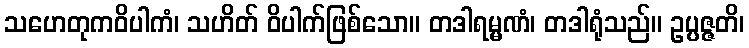
သဟေတုကဝိပါကံ၊ သဟိတ် ဝိပါက်ဖြစ်သော။ တဒါရမ္မဏံ၊ တဒါရုံသည်။ ဥပ္ပဇ္ဇတိ၊